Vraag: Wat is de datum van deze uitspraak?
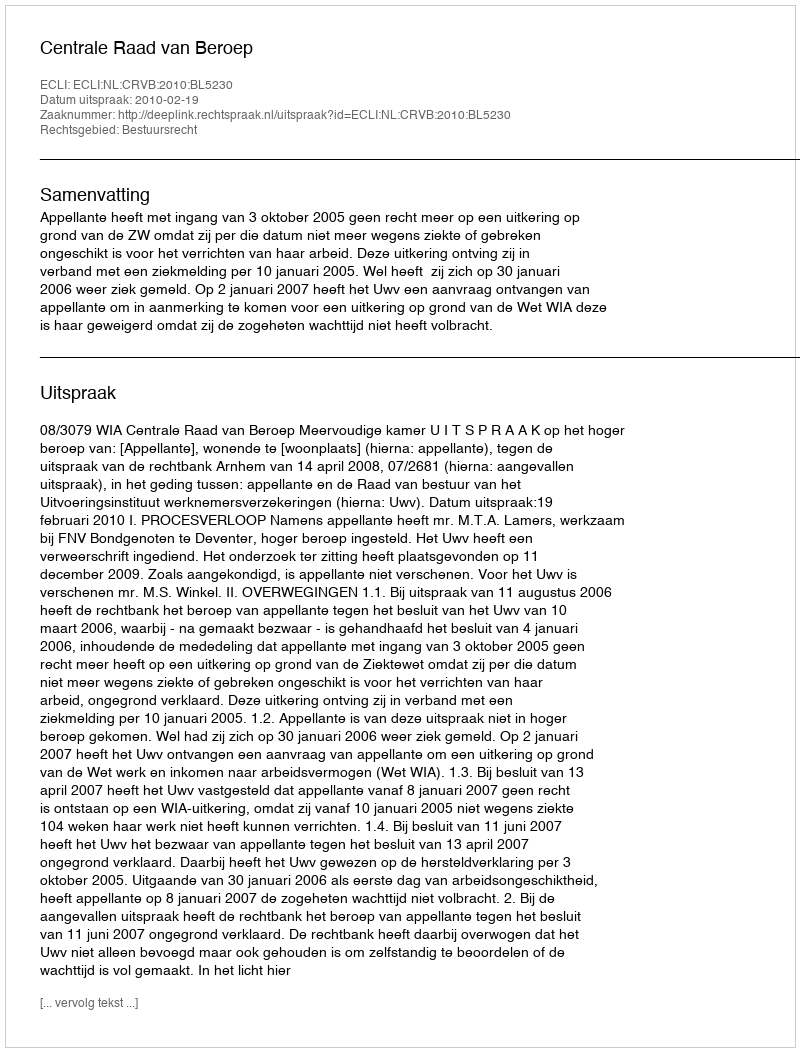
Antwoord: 2010-02-19